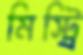
মিস্ট্রি